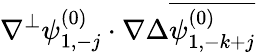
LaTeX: \nabla^{\perp}\psi_{1,-j}^{(0)}\cdot\nabla\Delta\overline{{\psi_{1,-k+j}^{(0)}}}